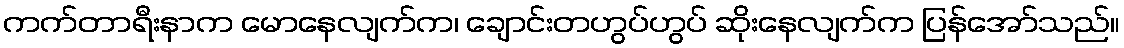
ကက်တာရီးနာက မောနေလျက်က၊ ချောင်းတဟွပ်ဟွပ် ဆိုးနေလျက်က ပြန်အော်သည်။